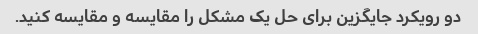
دو رویکرد جایگزین برای حل یک مشکل را مقایسه و مقایسه کنید.